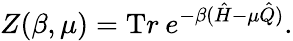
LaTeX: Z(\beta,\mu)={\mathrm Tr}\: e^{-\beta(\hat{H}-\mu\hat{Q})}.